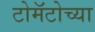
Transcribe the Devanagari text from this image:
टोमॅटोच्या